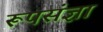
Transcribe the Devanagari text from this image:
रूपसंज्ञा